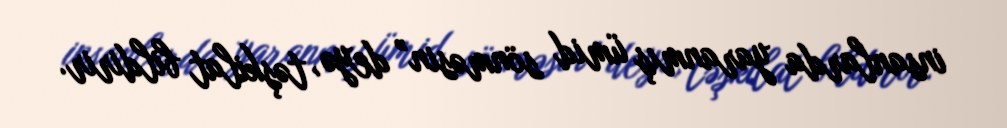
insanlarda yaranmış ümid sönməsin” deyə, təşkilat bildirir.